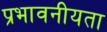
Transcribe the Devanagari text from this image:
प्रभावनीयता